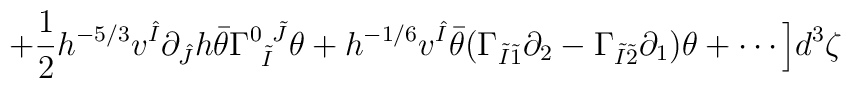
+ \frac{1}{2} h^{-5/3} v^{\hat{I}} \partial_{\hat{J}} h\bar{\theta} \Gamma^{0~\tilde{J}}_{~\tilde{I}} \theta+ h^{-1/6} v^{\hat{I}} \bar{\theta} (\Gamma_{\tilde{I} \tilde{1}} \partial_2 - \Gamma_{\tilde{I} \tilde{2}} \partial_1) \theta +   \cdots \Big] d^3 \zeta